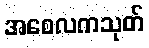
အစေလကသုတ်